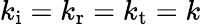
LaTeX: k_{\mathrm{i}}=k_{\mathrm{r}}=k_{\mathrm{t}}=k